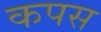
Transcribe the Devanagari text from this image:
कपस